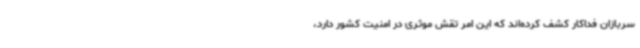
سربازان فداکار کشف کرده‌اند که این امر تقش موثری در امنیت کشور دارد،